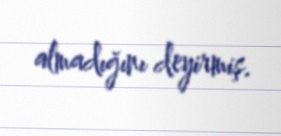
almadığını deyirmiş.